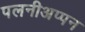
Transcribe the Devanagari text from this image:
पलनीअप्पन